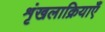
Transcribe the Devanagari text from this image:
शृंखलाक्रियाएँ